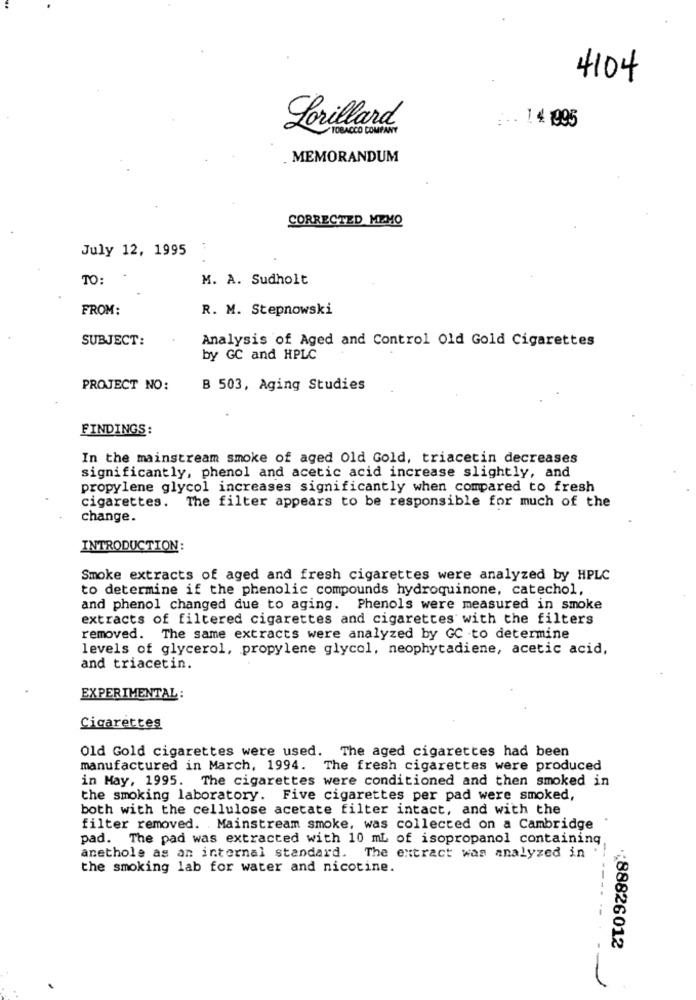
4104
Lorillard
TOBACCO COMPANY
.. . 14 1995
MEMORANDUM
CORRECTED MEMO
July 12, 1995
.
TO:
M. A. Sudholt
FROM:
R. M. Stepnowski
SUBJECT:
Analysis of Aged and Control Old Gold Cigarettes
by GC and HPLC
PROJECT NO:
B 503, Aging Studies
FINDINGS:
In the mainstream smoke of aged Old Gold, triacetin decreases
significantly, phenol and acetic acid increase slightly, and
propylene glycol increases significantly when compared to fresh
cigarettes. The filter appears to be responsible for much of the
change.
INTRODUCTION:
Smoke extracts of aged and fresh cigarettes were analyzed by HPLC
to determine if the phenolic compounds hydroquinone, catechol,
and phenol changed due to aging. Phenols were measured in smoke
extracts of filtered cigarettes and cigarettes with the filters
removed. The same extracts were analyzed by GC to determine
levels of glycerol, propylene glycol, neophytadiene, acetic acid,
and triacetin.
EXPERIMENTAL :
Cigarettes
Old Gold cigarettes were used. The aged cigarettes had been
manufactured in March, 1994. The fresh cigarettes were produced
in May, 1995. The cigarettes were conditioned and then smoked in
the smoking laboratory. Five cigarettes per pad were smoked,
both with the cellulose acetate filter intact, and with the
filter removed. Mainstream smoke, was collected on a Cambridge
pad. The pad was extracted with 10 ml of isopropanol containing
anethole as an internal standard. The extract was analyzed in
the smoking lab for water and nicotine.
:88826012